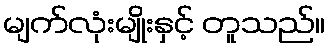
မျက်လုံးမျိုးနှင့် တူသည်။